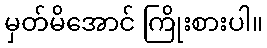
မှတ်မိအောင် ကြိုးစားပါ။